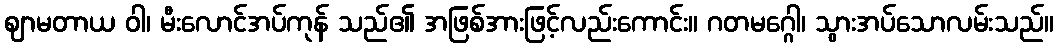
ဈာမတာယ ဝါ၊ မီးလောင်အပ်ကုန် သည်၏ အဖြစ်အားဖြင့်လည်းကောင်း။ ဂတမဂ္ဂေါ၊ သွားအပ်သောလမ်းသည်။